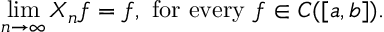
\operatorname* { l i m } _ { n \to \infty } X _ { n } f = f , { \mathrm { ~ f o r ~ e v e r y ~ } } f \in C ( [ a , b ] ) .